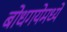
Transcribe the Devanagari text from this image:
बोधगयेमध्ये